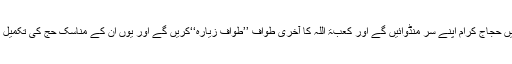
اس دوران میں حجاج کرام اپنے سر منڈوائیں گے اور کعبۃ اللہ کا آخری طواف ’’طواف زیارہ‘‘کریں گے اور یوں ان کے مناسکِ حج کی تکمیل ہوجائے گی۔